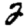
Digit: 2